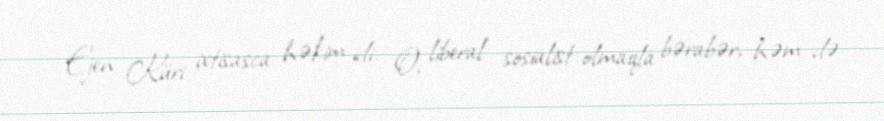
Ejen Küri ixtisasca həkim idi. O, liberal sosialist olmaqla bərabər, həm də